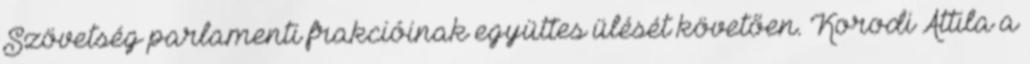
Szövetség parlamenti frakcióinak együttes ülését követően. Korodi Attila a